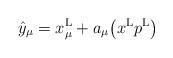
LaTeX: \begin{gather*}\hat{y}_\mu=x_\mu^{\rm L}+a_\mu\big(x^{\rm L}p^{\rm L}\big)\end{gather*}